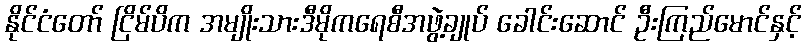
နိုင်ငံတော် ငြိမ်ပိက အမျိုးသားဒီမိုကရေစီအဖွဲ့ချုပ် ခေါင်းဆောင် ဦးကြည်မောင်နှင့်